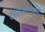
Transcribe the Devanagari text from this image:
संएलनाध्यक्ष